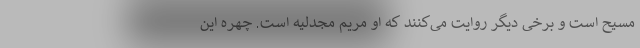
مسیح است و برخی دیگر روایت می‌کنند که او مریم مجدلیه است. چهره این